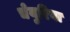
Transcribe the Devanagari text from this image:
चेयुरिया